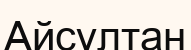
Айсұлтан